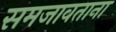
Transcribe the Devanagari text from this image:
समजावताना